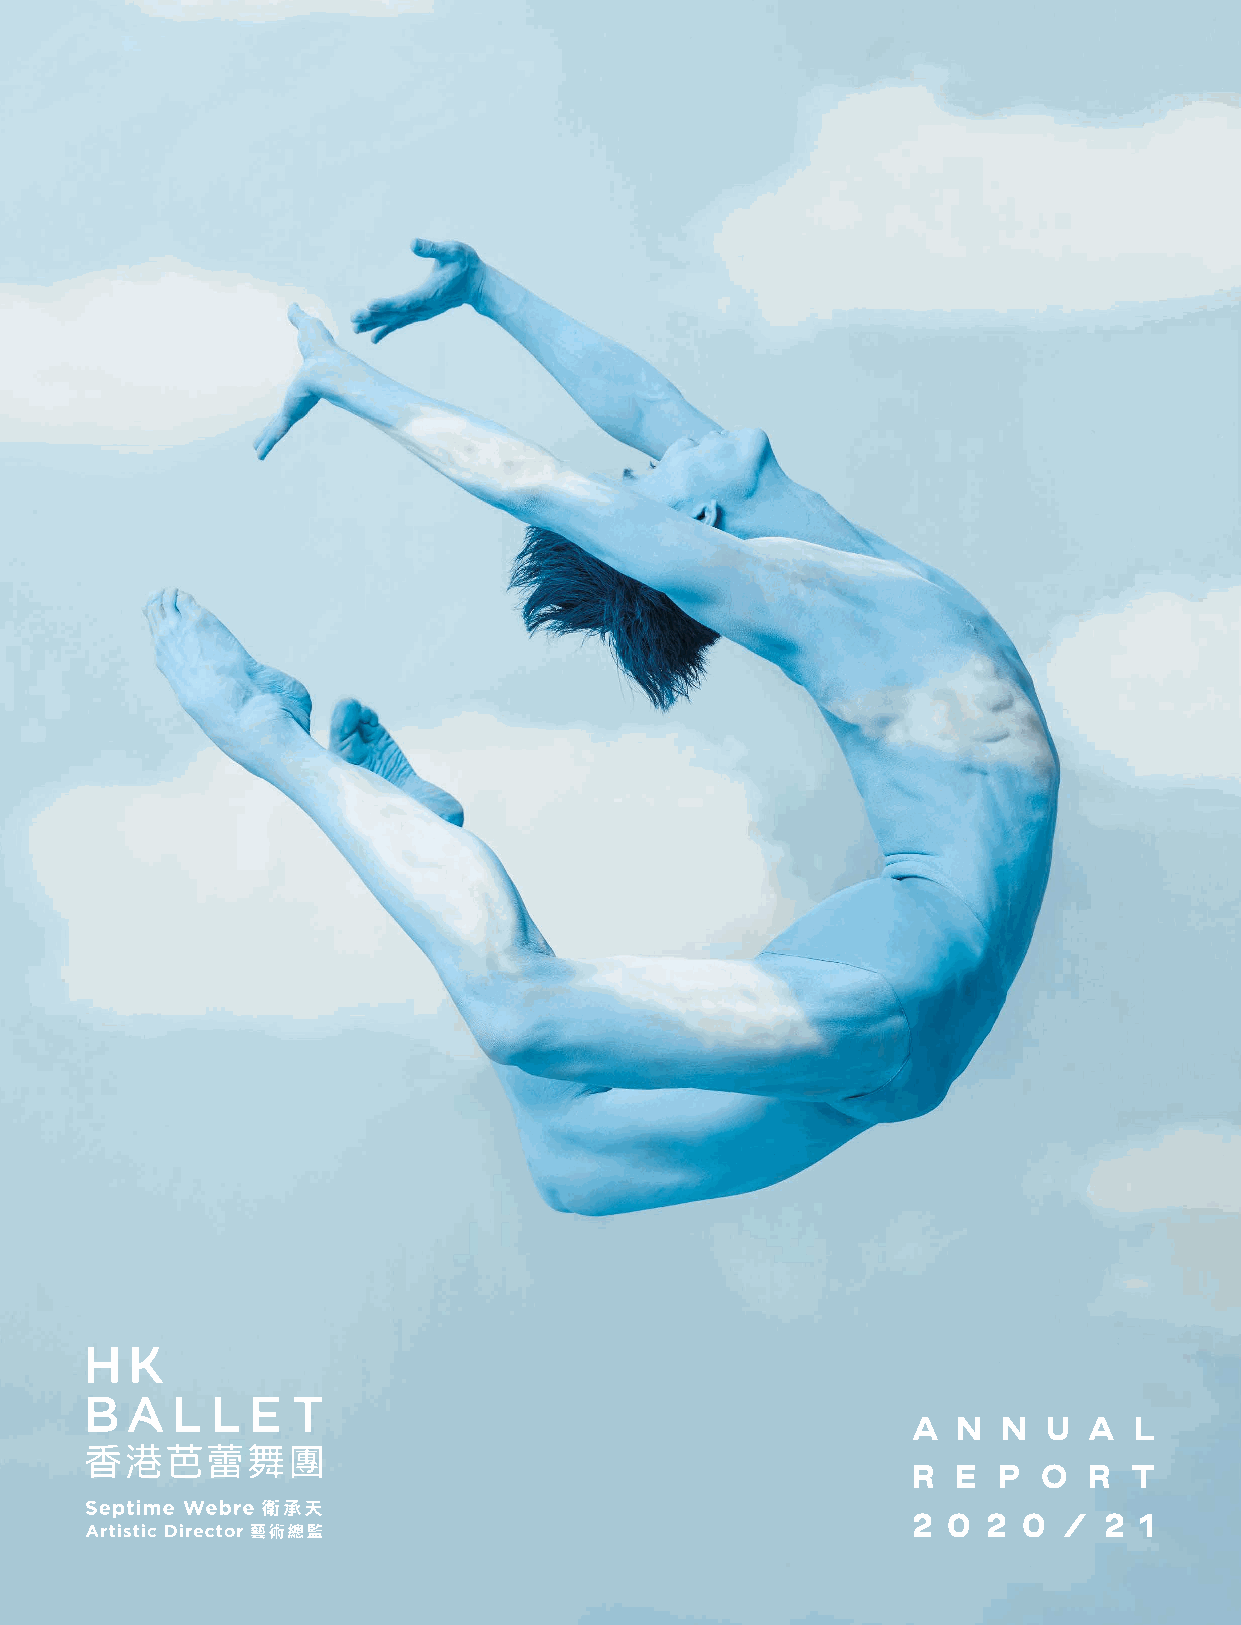
A  N  N  U  A  L
 R  E  P  O  R  T
 2  0 2  0 /  2 1